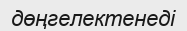
дөңгелектенеді